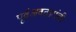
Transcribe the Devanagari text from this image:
पूर्वअवतारांची